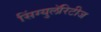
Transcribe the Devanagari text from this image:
सिंग्युलॅरिटीज